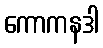
ကောကနဒါ